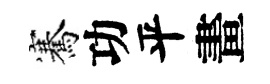
騫功平畫